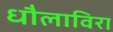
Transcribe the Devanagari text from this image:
धौलाविरा